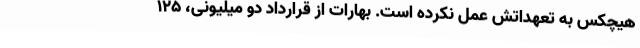
هیچکس به تعهداتش عمل نکرده است. بهارات از قرارداد دو میلیونی، ۱۲۵